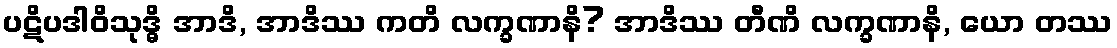
ပဋိပဒါဝိသုဒ္ဓိ အာဒိ, အာဒိဿ ကတိ လက္ခဏာနိ? အာဒိဿ တီဏိ လက္ခဏာနိ, ယော တဿ